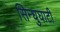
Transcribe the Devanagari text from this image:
सिन्‍धुघाटी